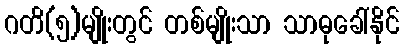
ဂတိ(၅)မျိုးတွင် တစ်မျိုးသာ သာဓုခေါ်နိုင်